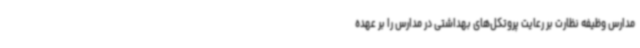
مدارس وظیفه نظارت بر رعایت پروتکل‌های بهداشتی در مدارس را بر عهده